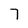
Character: 7